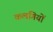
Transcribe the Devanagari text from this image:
कलगियों